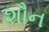
શૌન